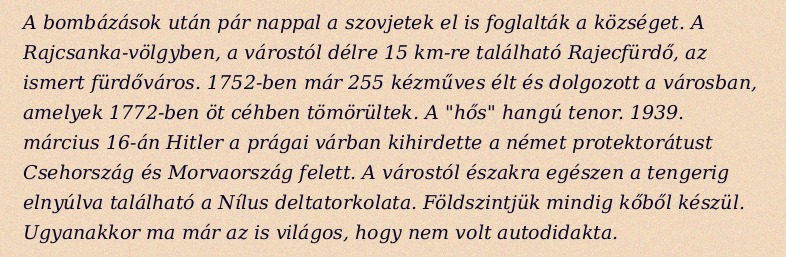
A bombázások után pár nappal a szovjetek el is foglalták a községet. A Rajcsanka-völgyben, a várostól délre 15 km-re található Rajecfürdő, az ismert fürdőváros. 1752-ben már 255 kézműves élt és dolgozott a városban, amelyek 1772-ben öt céhben tömörültek. A "hős" hangú tenor. 1939. március 16-án Hitler a prágai várban kihirdette a német protektorátust Csehország és Morvaország felett. A várostól északra egészen a tengerig elnyúlva található a Nílus deltatorkolata. Földszintjük mindig kőből készül. Ugyanakkor ma már az is világos, hogy nem volt autodidakta.